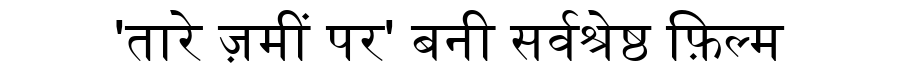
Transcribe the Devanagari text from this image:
'तारे ज़मीं पर' बनी सर्वश्रेष्ठ फ़िल्म